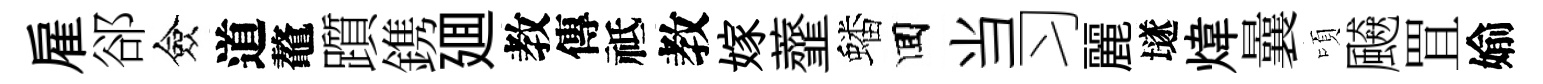
雇郤僉道鼇躓鎸廽教傳祗教嫁虀蟠囬当习麗𡑞煒曩頃飇罝媮